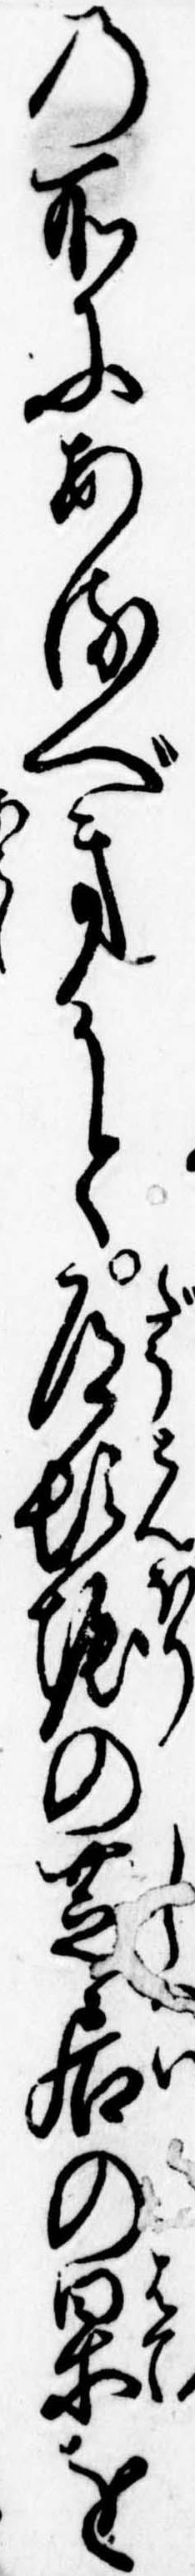
の所にあるべきかと道頓堀の芝居の果を